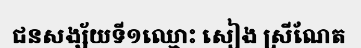
ជនសង្ស័យទី១ឈ្មោះ សៀង ស្រីណែត